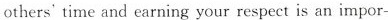
others'time and earning your respect is an impor